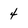
Character: 4